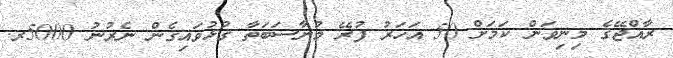
ރާއްޖޭގެ މިނިވަން ކަމަށް 50 އަހަރު ފުރޭ މުނާސަބަތާ ގުޅުވައިގެން ނެރުނު 5000ރ.